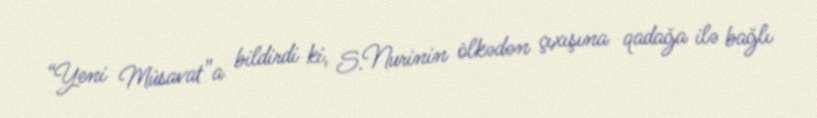
“Yeni Müsavat”a bildirdi ki, S.Nurinin ölkədən çıxışına qadağa ilə bağlı